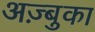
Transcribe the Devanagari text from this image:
अज़्बुका